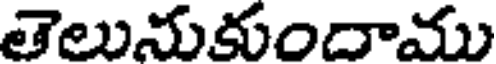
తెలునుకుందాము